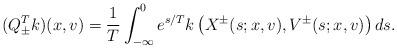
LaTeX: \begin{align*}(Q^T_\pm k)(x,v)=\frac{1}{T}\int_{-\infty}^0 e^{{s}/{T}}k\left(X^\pm(s;x,v),V^\pm(s;x,v)\right) ds.\end{align*}